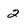
Character: 2